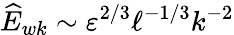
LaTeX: \widehat{E}_{wk}\sim\varepsilon^{2/3}\ell^{-1/3}k^{-2}